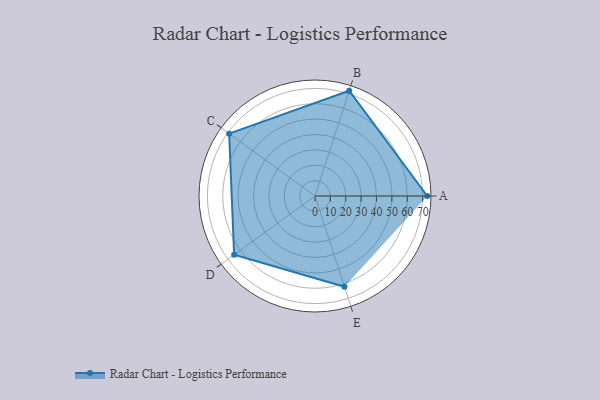
{"axis": {"x": "Skill", "y": "Score"}, "legend": ["Profile"], "data": [{"x": "A", "y": 73.0, "type": "Profile"}, {"x": "B", "y": 72.0, "type": "Profile"}, {"x": "C", "y": 69.0, "type": "Profile"}, {"x": "D", "y": 65.0, "type": "Profile"}, {"x": "E", "y": 62.0, "type": "Profile"}]}